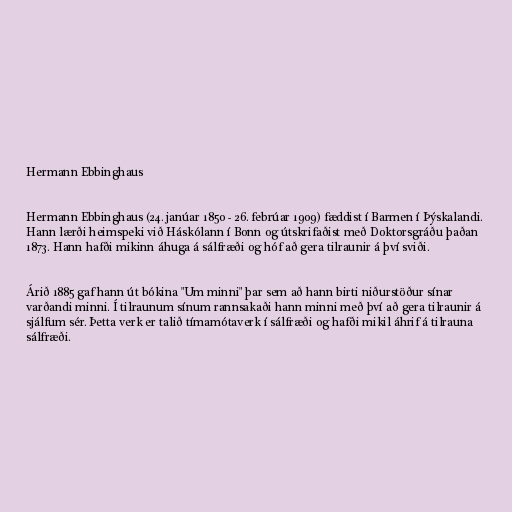
Hermann Ebbinghaus

Hermann Ebbinghaus (24. janúar 1850 - 26. febrúar 1909) fæddist í Barmen í Þýskalandi.
Hann lærði heimspeki við Háskólann í Bonn og útskrifaðist með Doktorsgráðu þaðan
1873. Hann hafði mikinn áhuga á sálfræði og hóf að gera tilraunir á því sviði.

Árið 1885 gaf hann út bókina "Um minni" þar sem að hann birti niðurstöður sínar
varðandi minni. Í tilraunum sínum rannsakaði hann minni með því að gera tilraunir á
sjálfum sér. Þetta verk er talið tímamótaverk í sálfræði og hafði mikil áhrif á tilrauna
sálfræði.